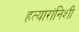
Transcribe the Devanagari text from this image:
हत्यारांनिशी